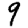
Digit: 9